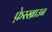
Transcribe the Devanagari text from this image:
फ़ेरस्ब्राउन